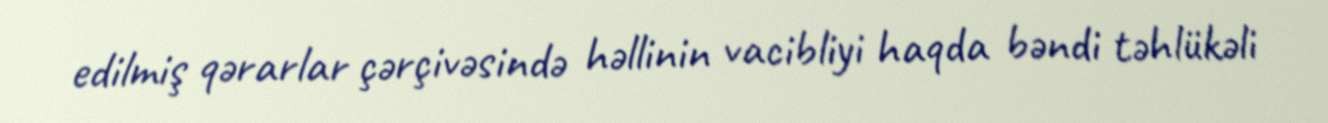
edilmiş qərarlar çərçivəsində həllinin vacibliyi haqda bəndi təhlükəli